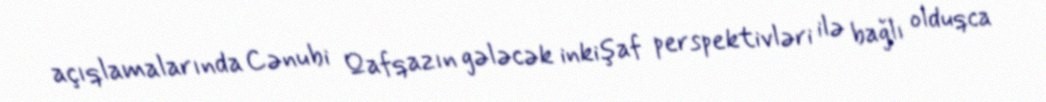
açıqlamalarında Cənubi Qafqazın gələcək inkişaf perspektivləri ilə bağlı olduqca